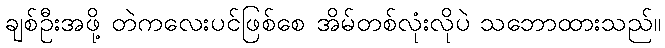
ချစ်ဦးအဖို့ တဲကလေးပင်ဖြစ်စေ အိမ်တစ်လုံးလိုပဲ သဘောထားသည်။